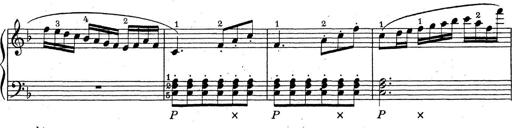
Title: ÄŒeskÃ© Sonatiny
Composer: Various